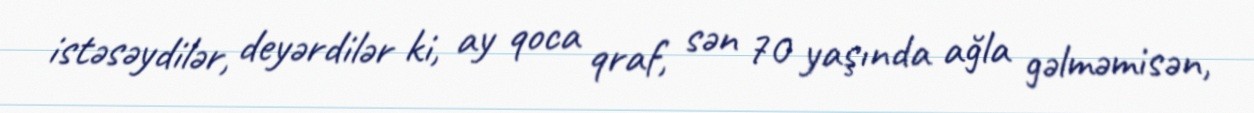
istəsəydilər, deyərdilər ki, ay qoca qraf, sən 70 yaşında ağla gəlməmisən,